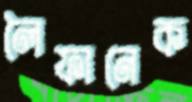
লৈফানেক